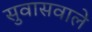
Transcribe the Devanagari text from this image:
सुवासवाले